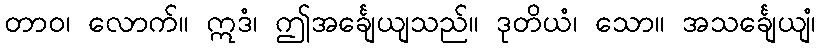
တာဝ၊ လောက်။ ဣဒံ၊ ဤအင်္ချေယျသည်။ ဒုတိယံ၊ သော။ အသင်္ချေယျံ၊